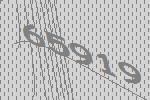
65919